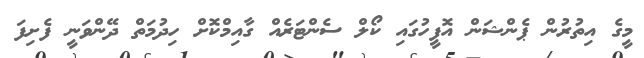
މީގެ އިތުރުން ޕެންޝަން އޮފީހުގައި ކޯލް ސެންޓަރެއް ގާއިމްކޮށް ހިދުމަތް ދޭންވަނީ ފެށިފަ